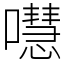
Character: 嚖